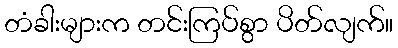
တံခါးများက တင်းကြပ်စွာ ပိတ်လျက်။